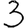
Digit: 3